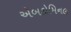
એબડોમિનલ